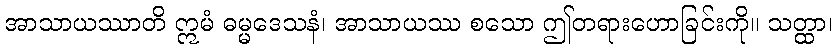
အာသာယဿာတိ ဣမံ ဓမ္မဒေသနံ၊ အာသာယဿ စသော ဤတရားဟောခြင်းကို။ သတ္ထာ၊